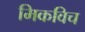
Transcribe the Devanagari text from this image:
मिकविच